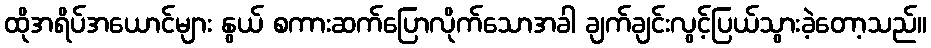
ထိုအရိပ်အယောင်များ နွယ် စကားဆက်ပြောလိုက်သောအခါ ချက်ချင်းလွင့်ပြယ်သွားခဲ့တော့သည်။